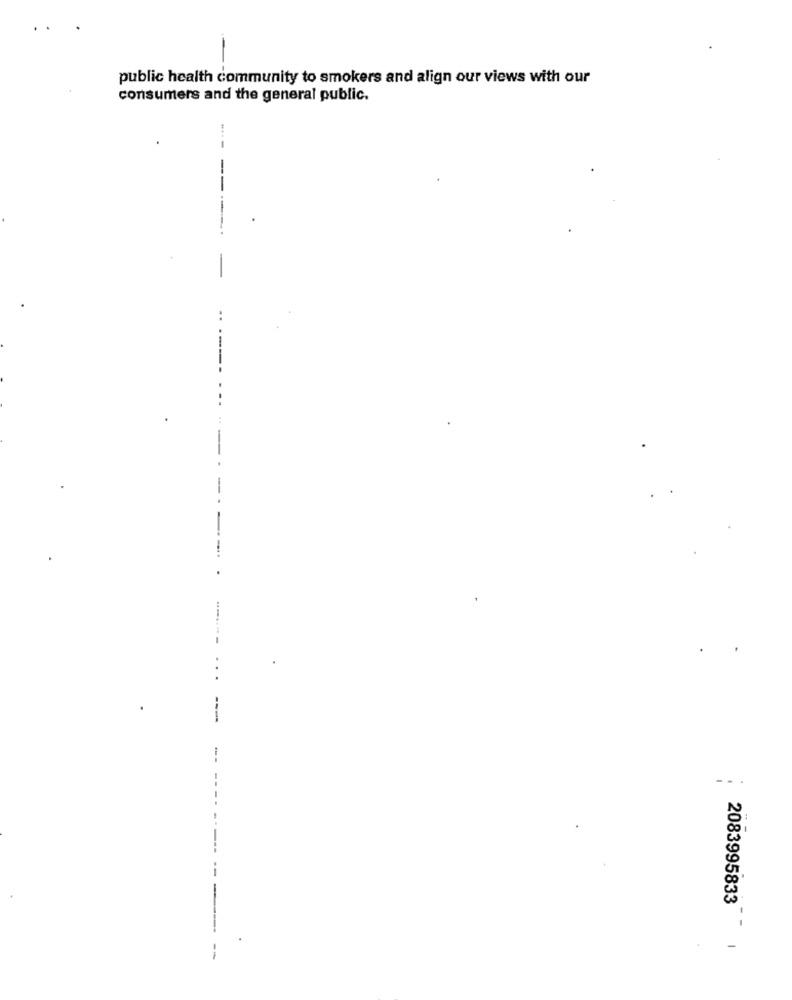
public health community to smokers and align our views with our
consumers and the general public.
--
.
-..
--
2083995833-
---
-
--